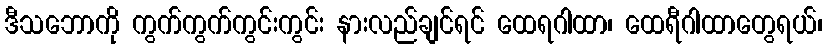
ဒီသဘောကို ကွက်ကွက်ကွင်းကွင်း နားလည်ချင်ရင် ထေရဂါထာ၊ ထေရီဂါထာတွေရယ်၊